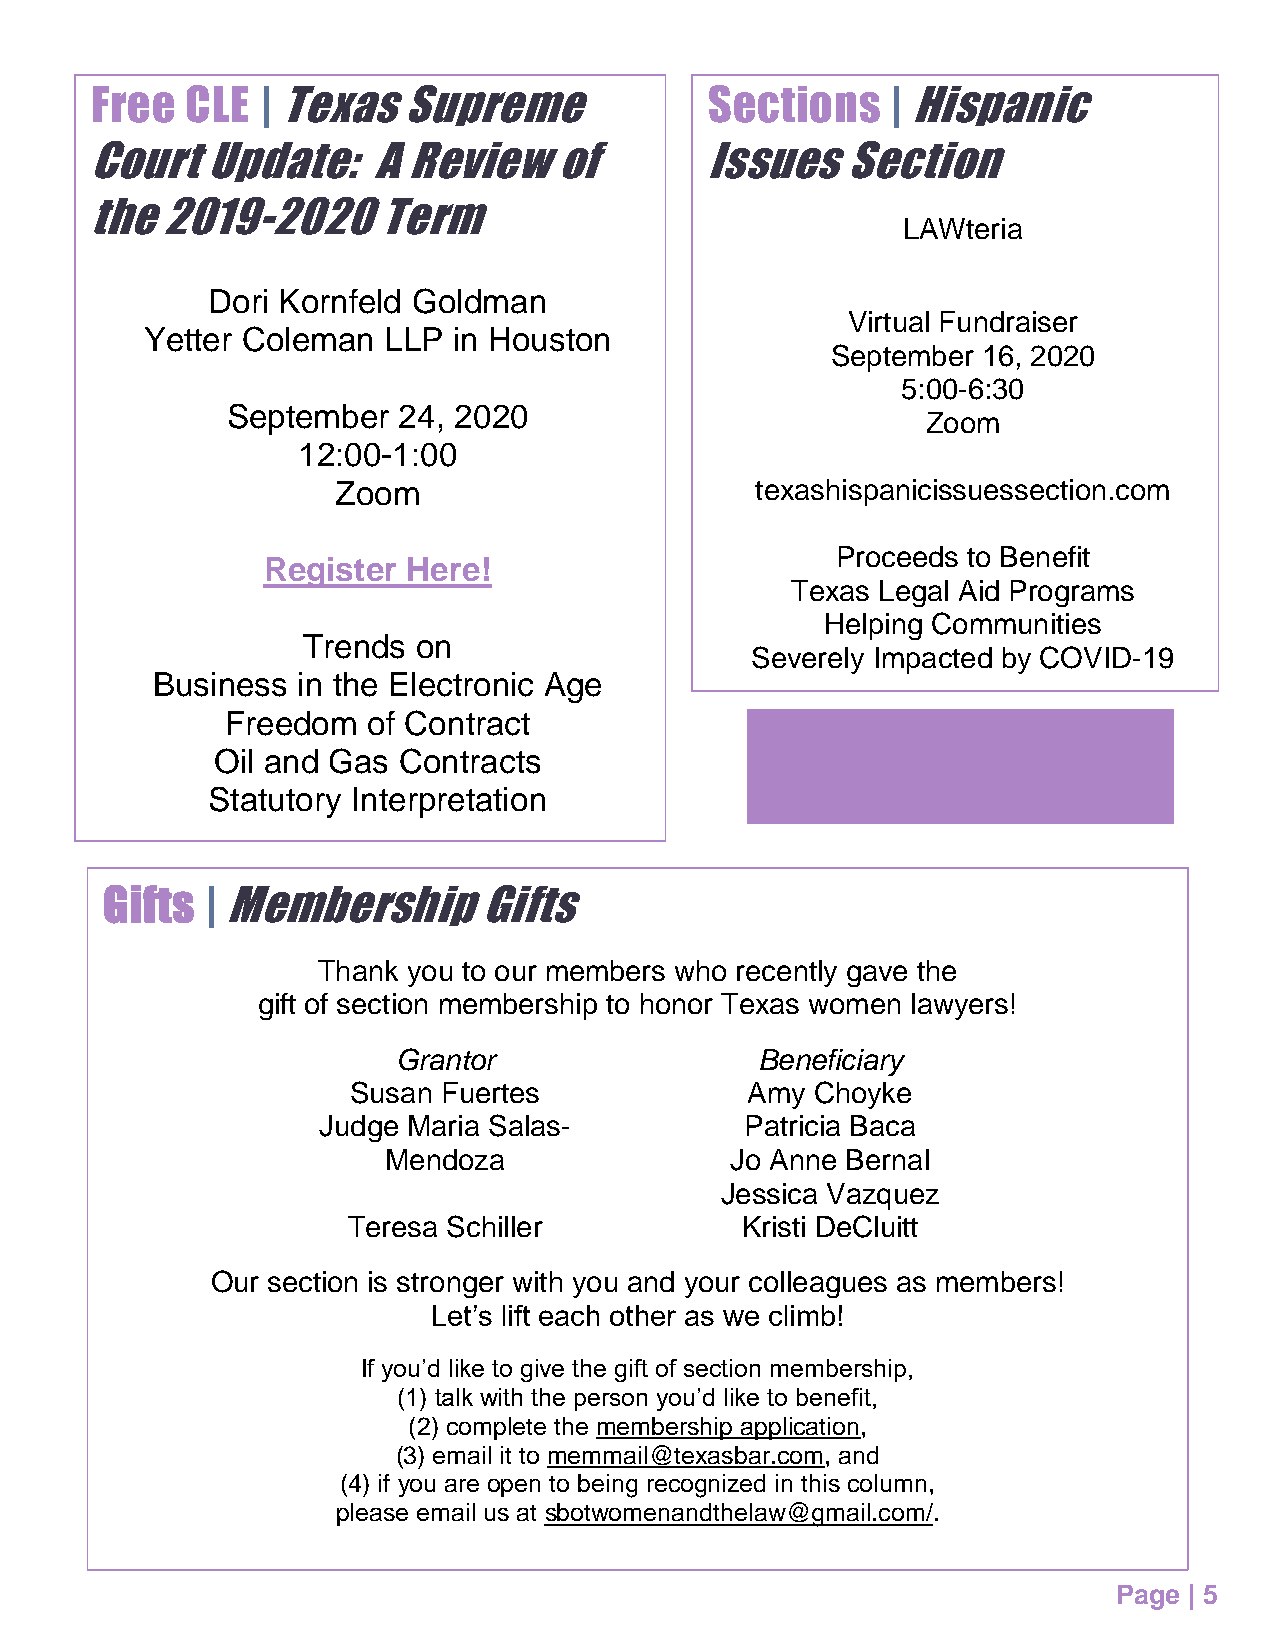
Free  CLE  | Texas   Supreme             Sections    | Hispanic
 Court   Update:    A Review    of        Issues   Section
 the  2019-2020     Term
 LAWteria
 Dori Kornfeld Goldman
 Virtual Fundraiser
 Yetter Coleman LLP  in Houston
 September 16, 2020
 5:00-6:30
 September  24, 2020
 Zoom
 12:00-1:00
 Zoom                        texashispanicissuessection.com
 Proceeds to Benefit
 Register  Here!
 Texas Legal Aid Programs
 Helping Communities
 Trends  on
 Severely Impacted by COVID-19
 Business  in the Electronic Age
 Freedom  of Contract
 Oil and Gas Contracts
 Statutory Interpretation
 Gifts  | Membership      Gifts
 Thank you to our members who recently gave the
 gift of section membership to honor Texas women lawyers!
 Grantor                 Beneficiary
 Susan Fuertes             Amy  Choyke
 Judge Maria Salas-          Patricia Baca
 Mendoza                Jo Anne Bernal
 Jessica Vazquez
 Teresa Schiller           Kristi DeCluitt
 Our section is stronger with you and your colleagues as members!
 Let’s lift each other as we climb!
 If you’d like to give the gift of section membership,
 (1) talk with the person you’d like to benefit,
 (2) complete the membership application,
 (3) email it to memmail@texasbar.com, and
 (4) if you are open to being recognized in this column,
 please email us at sbotwomenandthelaw@gmail.com/.
 Page | 5